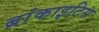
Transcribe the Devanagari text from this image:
ब्रांकाइटिस